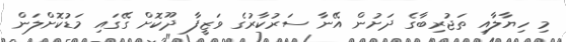
މި ހިޔާލާއި ތަޖުރިބާގެ ދަށުން އޭނާ ސަރުކާރުގެ ވަޒީފާ ދޫކޮށް ގޭގައި މަޑުކޮށްލަން